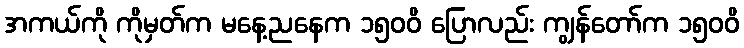
အကယ်ကို ကိုမှတ်က မနေ့ညနေက ၁၅၀၀ိ ပြောလည်း ကျွန်တော်က ၁၅၀၀ိ